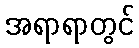
အရာရာတွင်